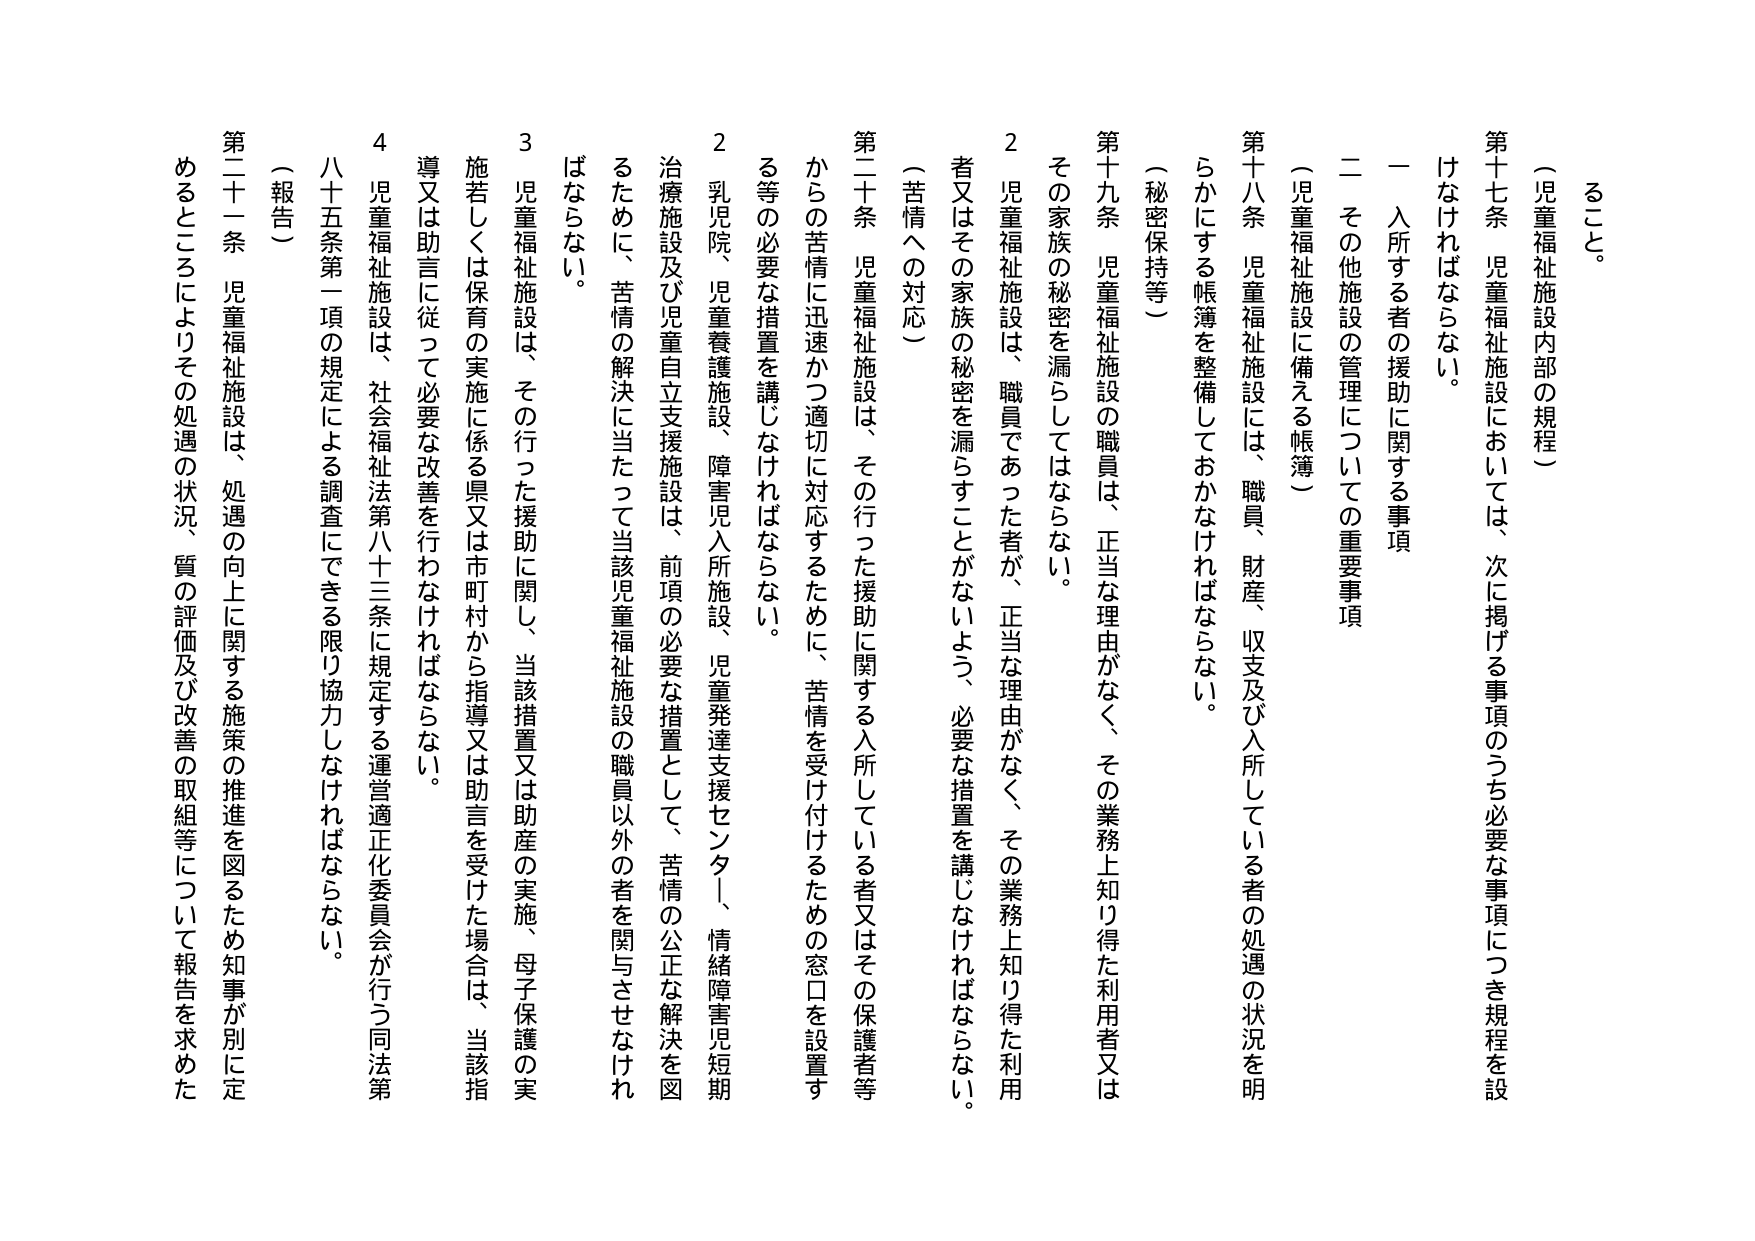
（児童福祉施設内部の規程）

第十七条 児童福祉施設においては、次に掲げる事項のうち必要な事項につき規程を設けなければならない。

一 入所する者の援助に関する事項

二 その他施設の管理についての重要事項

（児童福祉施設に備える帳簿）

第十八条 児童福祉施設には、職員、財産、収支及び入所している者の処遇の状況を明らかにする帳簿を整備しておかなければならない。

（秘密保持等）

第十九条 児童福祉施設の職員は、正当な理由がなく、その業務上知り得た利用者又はその家族の秘密を漏らしてはならない。

２ 児童福祉施設は、職員であった者が、正当な理由がなく、その業務上知り得た利用者又はその家族の秘密を漏らすことがないように、必要な措置を講じなければならない。

（苦情への対応）

第二十条 児童福祉施設は、その行った援助に関する入所している者又はその保護者等からの苦情に迅速かつ適切に対応するために、苦情を受け付けるための窓口を設置する等の必要な措置を講じなければならない。

２ 乳児院、児童養護施設、障害児入所施設、児童発達支援センター、情緒障害児短期治療施設及び児童自立支援施設は、前項の必要な措置として、苦情の公正な解決を図るために、苦情の解決に当たって当該児童福祉施設の職員以外の者を関与させなければならない。

３ 児童福祉施設は、その行った援助に関し、当該措置又は助産の実施、母子保護の実施若しくは保育の実施に係る県又は市町村から指導又は助言を受けた場合は、当該指導又は助言に従って必要な改善を行わなければならない。

４ 児童福祉施設は、社会福祉法第八十三条に規定する運営適正化委員会が行う同法第八十五条第一項の規定による調査にできる限り協力しなければならない。

（報告）

第二十一条 児童福祉施設は、処遇の向上に関する施策の推進を図るため知事が別に定めるところによりその処遇の状況、質の評価及び改善の取組等について報告を求めた